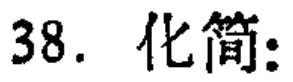
38. 化简：